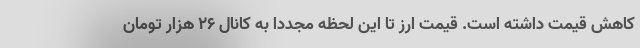
کاهش قیمت داشته است. قیمت ارز تا این لحظه مجددا به کانال 26 هزار تومان